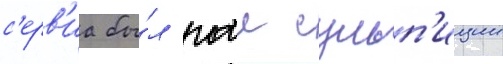
с'ерв'иа бы́л гаи сульп'иции